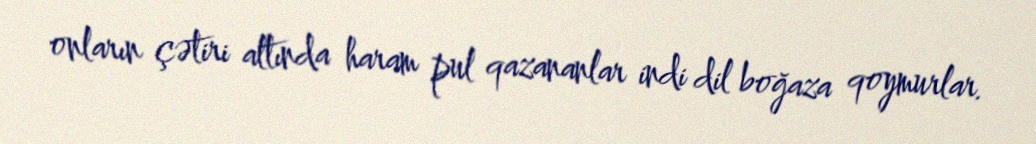
onların çətiri altında haram pul qazananlar indi dil boğaza qoymurlar.